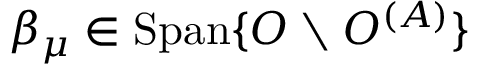
\beta _ { \mu } \in \operatorname { S p a n } \{ O \setminus O ^ { ( A ) } \}